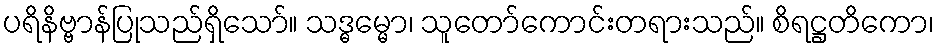
ပရိနိဗ္ဗာန်ပြုသည်ရှိသော်။ သဒ္ဓမ္မော၊ သူတော်ကောင်းတရားသည်။ စိရဋ္ဌတိကော၊